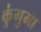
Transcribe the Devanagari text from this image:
कुंगुमा